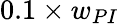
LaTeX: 0.1\times w_{PI}